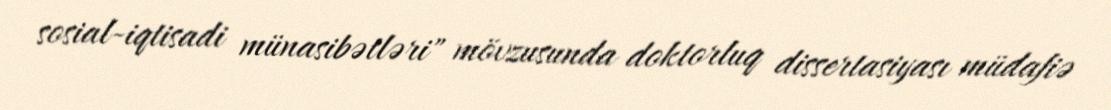
sosial-iqtisadi münasibətləri" mövzusunda doktorluq dissertasiyası müdafiə